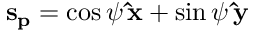
{ \bf s _ { p } } = \cos \psi \, { \bf \hat { x } } + \sin \psi \, { \bf \hat { y } }